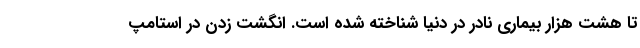
تا هشت هزار بیماری نادر در دنیا شناخته شده است. انگشت زدن در استامپ